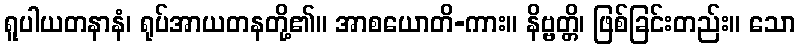
ရူပါယတနာနံ၊ ရုပ်အာယတနတို့၏။ အာစယောတိ-ကား။ နိဗ္ဗတ္တိ၊ ဖြစ်ခြင်းတည်း။ သော